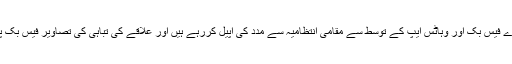
گاؤں کے باشندے فیس بک اور وہاٹس ایپ کے توسط سے مقامی انتظامیہ سے مدد کی اپیل کررہے ہیں اور علاقے کی تباہی کی تصاویر فیس بک پر ڈال رہے ہیں۔